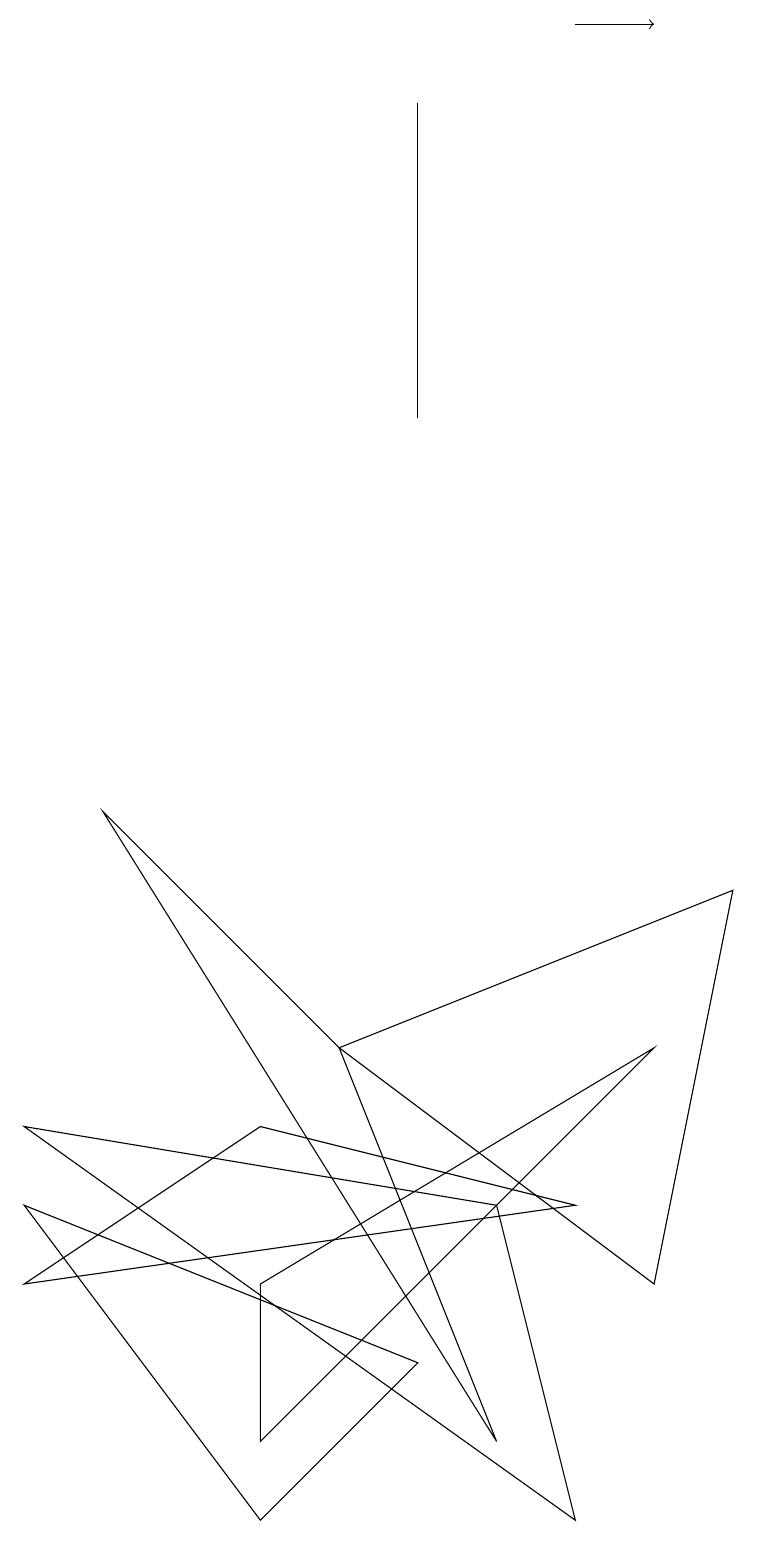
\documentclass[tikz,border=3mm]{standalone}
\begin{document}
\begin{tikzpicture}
\draw (5,2) -- (0,4) -- (3,0) -- cycle;
\draw (5,18) rectangle (5,14);
\draw (3,1) -- (3,3) -- (8,6) -- cycle;
\draw (0,3) -- (3,5) -- (7,4) -- cycle;
\draw (6,4) -- (0,5) -- (7,0) -- cycle;
\draw (8,3) -- (4,6) -- (9,8) -- cycle;
\draw (4,6) -- (1,9) -- (6,1) -- cycle;
\draw[->] (7,19) -- (8,19);
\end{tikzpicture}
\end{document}